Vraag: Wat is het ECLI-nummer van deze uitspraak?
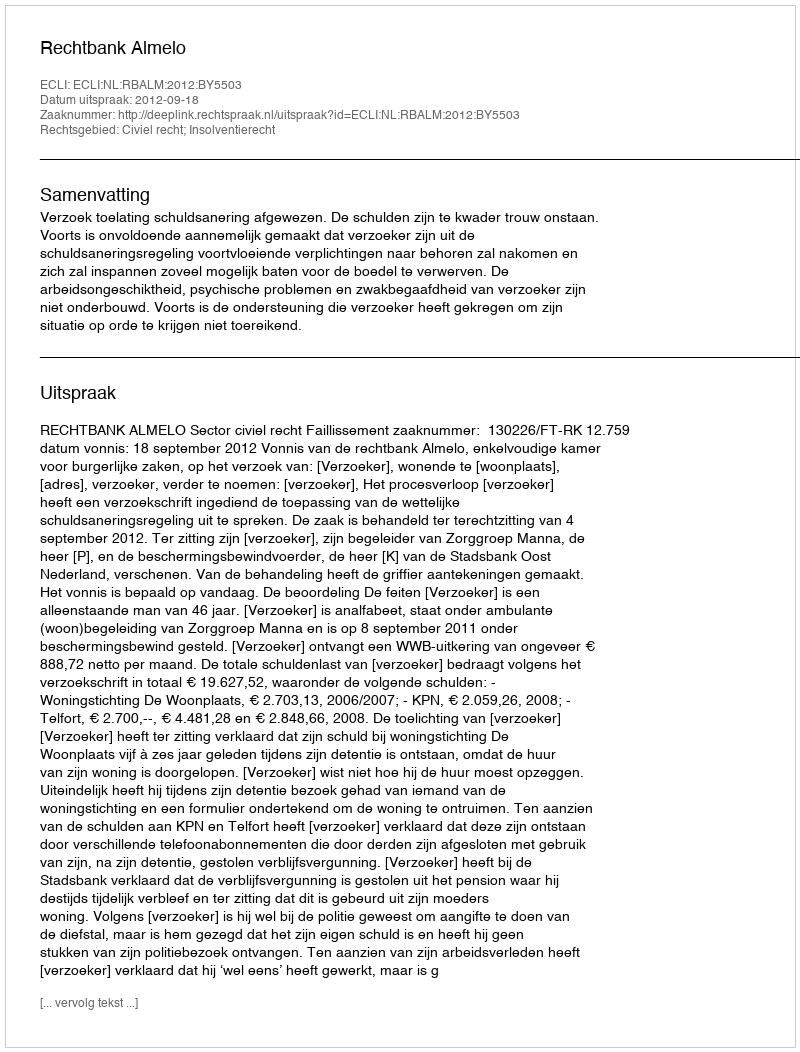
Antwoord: ECLI:NL:RBALM:2012:BY5503